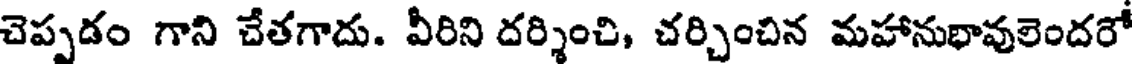
చెప్పడం గాని చేతగాదు. వీరిని దర్శించి, చర్చించిన మహానుభావులెందరో